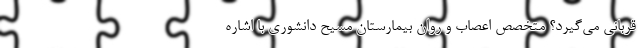
قربانی می‌گیرد؟ متخصص اعصاب و روان بیمارستان مسیح دانشوری با اشاره